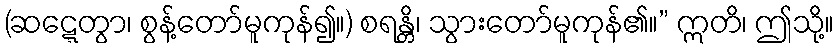
(ဆဋ္ဋေတွာ၊ စွန့်တော်မူကုန်၍။) စရန္တိ၊ သွားတော်မူကုန်၏။” ဣတိ၊ ဤသို့။